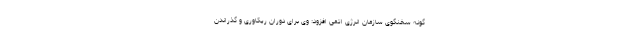
گونه سخنگوی سازمان انرژی اتمی افزود: وی برای دوران ریکاوری و گذراندن